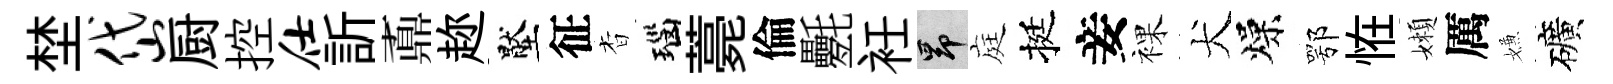
埜岱厨控仕訢鼒趂壓征杳瑙薧倫氎衽昂庭挺妾裸犬燥鄂恠嬾厲嫌礦